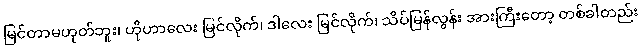
မြင်တာမဟုတ်ဘူး၊ ဟိုဟာလေး မြင်လိုက်၊ ဒါလေး မြင်လိုက်၊ သိပ်မြန်လွန်း အားကြီးတော့ တစ်ခါတည်း